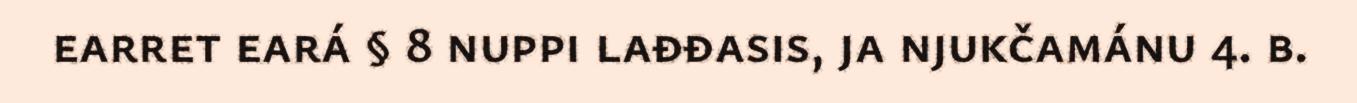
earret eará § 8 nuppi lađđasis, ja njukčamánu 4. b.